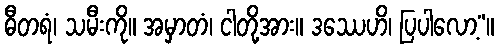
ဓီတရံ၊ သမီးကို။ အမှာတံ၊ ငါတို့အား။ ဒဿေဟိ၊ ပြပါလော့”။